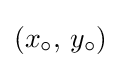
\left(x_{\circ },\,y_{\circ }\right)